Account of plague administration in the Bombay Presidency from September 1896 till May 1897
Year: 1896
Disease focus: Plague
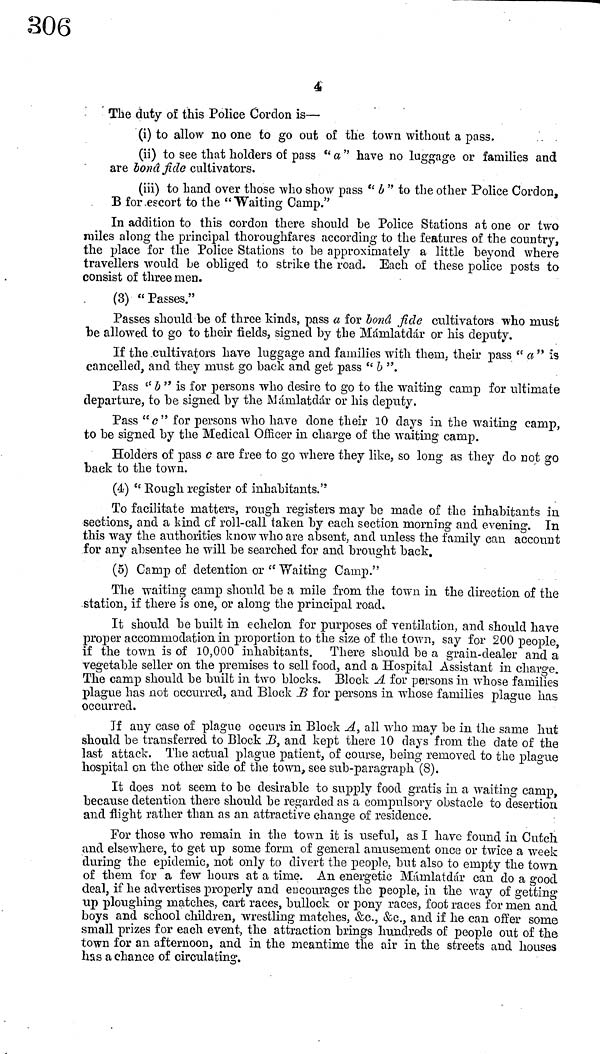
4,
The duty of this Police Cordon is—
(i) to allow no one to go out of the town without a pass.
(ii) to see that holders of pass " a " have no luggage or families and
are bonâ fide cultivators.
(iii) to hand over those who show pass " b " to the other Police Cordon,
Β for escort to the ""Waiting Camp."
In addition to this cordon there should be Police Stations at one or two
miles along the principal thoroughfares according to the features of the country,
the place for the Police Stations to he approximately a little beyond where
travellers would be obliged to strike the road. Each of these police posts to
consist of three men.
(3) "Passes."
Passes should be of three kinds, pass a for bond fide cultivators who must
be allowed to go to their fields, signed by the Mámlatdár or his deputy.
If the cultivators have luggage and families with them, their pass " a " is
cancelled, and they must go back and get pass "b".
Pass " b " is for persons who desire to go to the waiting camp for ultimate
departure, to be signed by the Mámlatdár or his deputy.
Pass "c" for persons who have done their 10 clays in the waiting camp,
to be signed by the Medical Officer in charge of the waiting camp.
Holders of pass c are free to go where they like, so long as they do not go
back to the town.
(4) " Rough register of inhabitants."
To facilitate matters, rough registers may be made of the inhabitants in
sections, and a kind cf roll-call taken by each section morning and evening. In
this way the authorities know who are absent, and unless the family can account
for any absentee he will be searched for and brought back.
(5) Camp of detention or "Waiting Camp."
The waiting camp should be a mile from the town m the direction of the
station, if there is one, or along the principal road.
It should be built in echelon for purposes of ventilation, and should have
proper accommodation in proportion to the size of the town, say for 200 people,
if the town is of 10,000 inhabitants. There should be a grain-dealer and a
vegetable seller on the premises to sell food, and a Hospital Assistant in charge.
The camp should be built in two blocks. Block A for persons in, whose families
plague has not occurred, and Block B for persons in whose families plague has
occurred.
Jf any case of plague occurs in Block A, all who may be in the same hut
should be transferred to Block B, and kept there 10 clays from the date of the
last attack. The actual plague patient, of course, being removed to the plague
hospital on the other side of the town, see sub-paragraph (8).
It does not seem to be desirable to supply food gratis in a waiting camp,
because detention there should be regarded as a compulsory obstacle to desertion
and flight rather than as an attractive change of residence.
For those who remain in the town it is useful, as I have found in Cutch
and elsewhere, to get up some forni of general amusement once or twice a week
during the epidemic, not only to divert the people, but also to empty the town
of them for a few hours at a time. An energetic Manilatdar can do a good
deal, if he advertises properly and encourages the people, in the way of getting
up ploughing matches, cart races, bullock or pony races, foot races for men and
boys and school children, wrestling matches, &c., &c., and if he can offer some
small prizes for each event, the attraction brings hundreds of people out of the
town for an afternoon, and in the meantime the air in the streets and houses
has a chance of circulating.